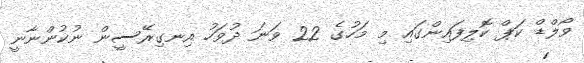
ވޯލްޑް ކަޕް ކޮލިފައިންގައި މި މަހުގެ 22 ވަނަ ދުވަހު އިނގިރޭސީން ނުކުންނާނީ